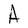
Character: A